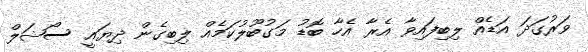
ވަރުގަދަ އަޑެއް ލިބިފައިވާ އެރާ އެހާ ބޮޑު މަގުބޫލުކަމެއް ލިބިގެން ދިޔައީ ސޯޝަލް